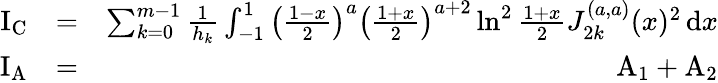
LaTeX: \begin{array}{rlr}{\mathrm{I_{C}}}&{=}&{\sum_{k=0}^{m-1}\frac{1}{h_{k}}\int_{-1}^{1}\left(\frac{1-x}{2}\right)^{a}\left(\frac{1+x}{2}\right)^{a+2}\ln^{2}\frac{1+x}{2}J_{2k}^{(a,a)}(x)^{2}\, \mathrm{d}x}\\ {\mathrm{I_{A}}}&{=}&{\mathrm{A_{1}}+\mathrm{A_{2}}}\end{array}